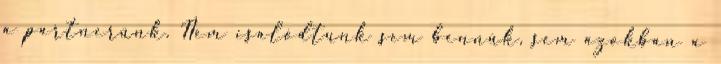
a partnerünk. Nem csalódtunk sem bennük, sem azokban a